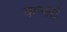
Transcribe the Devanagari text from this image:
वाम्सले